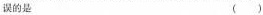
误的是 ( )